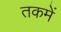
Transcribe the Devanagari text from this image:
तकमें